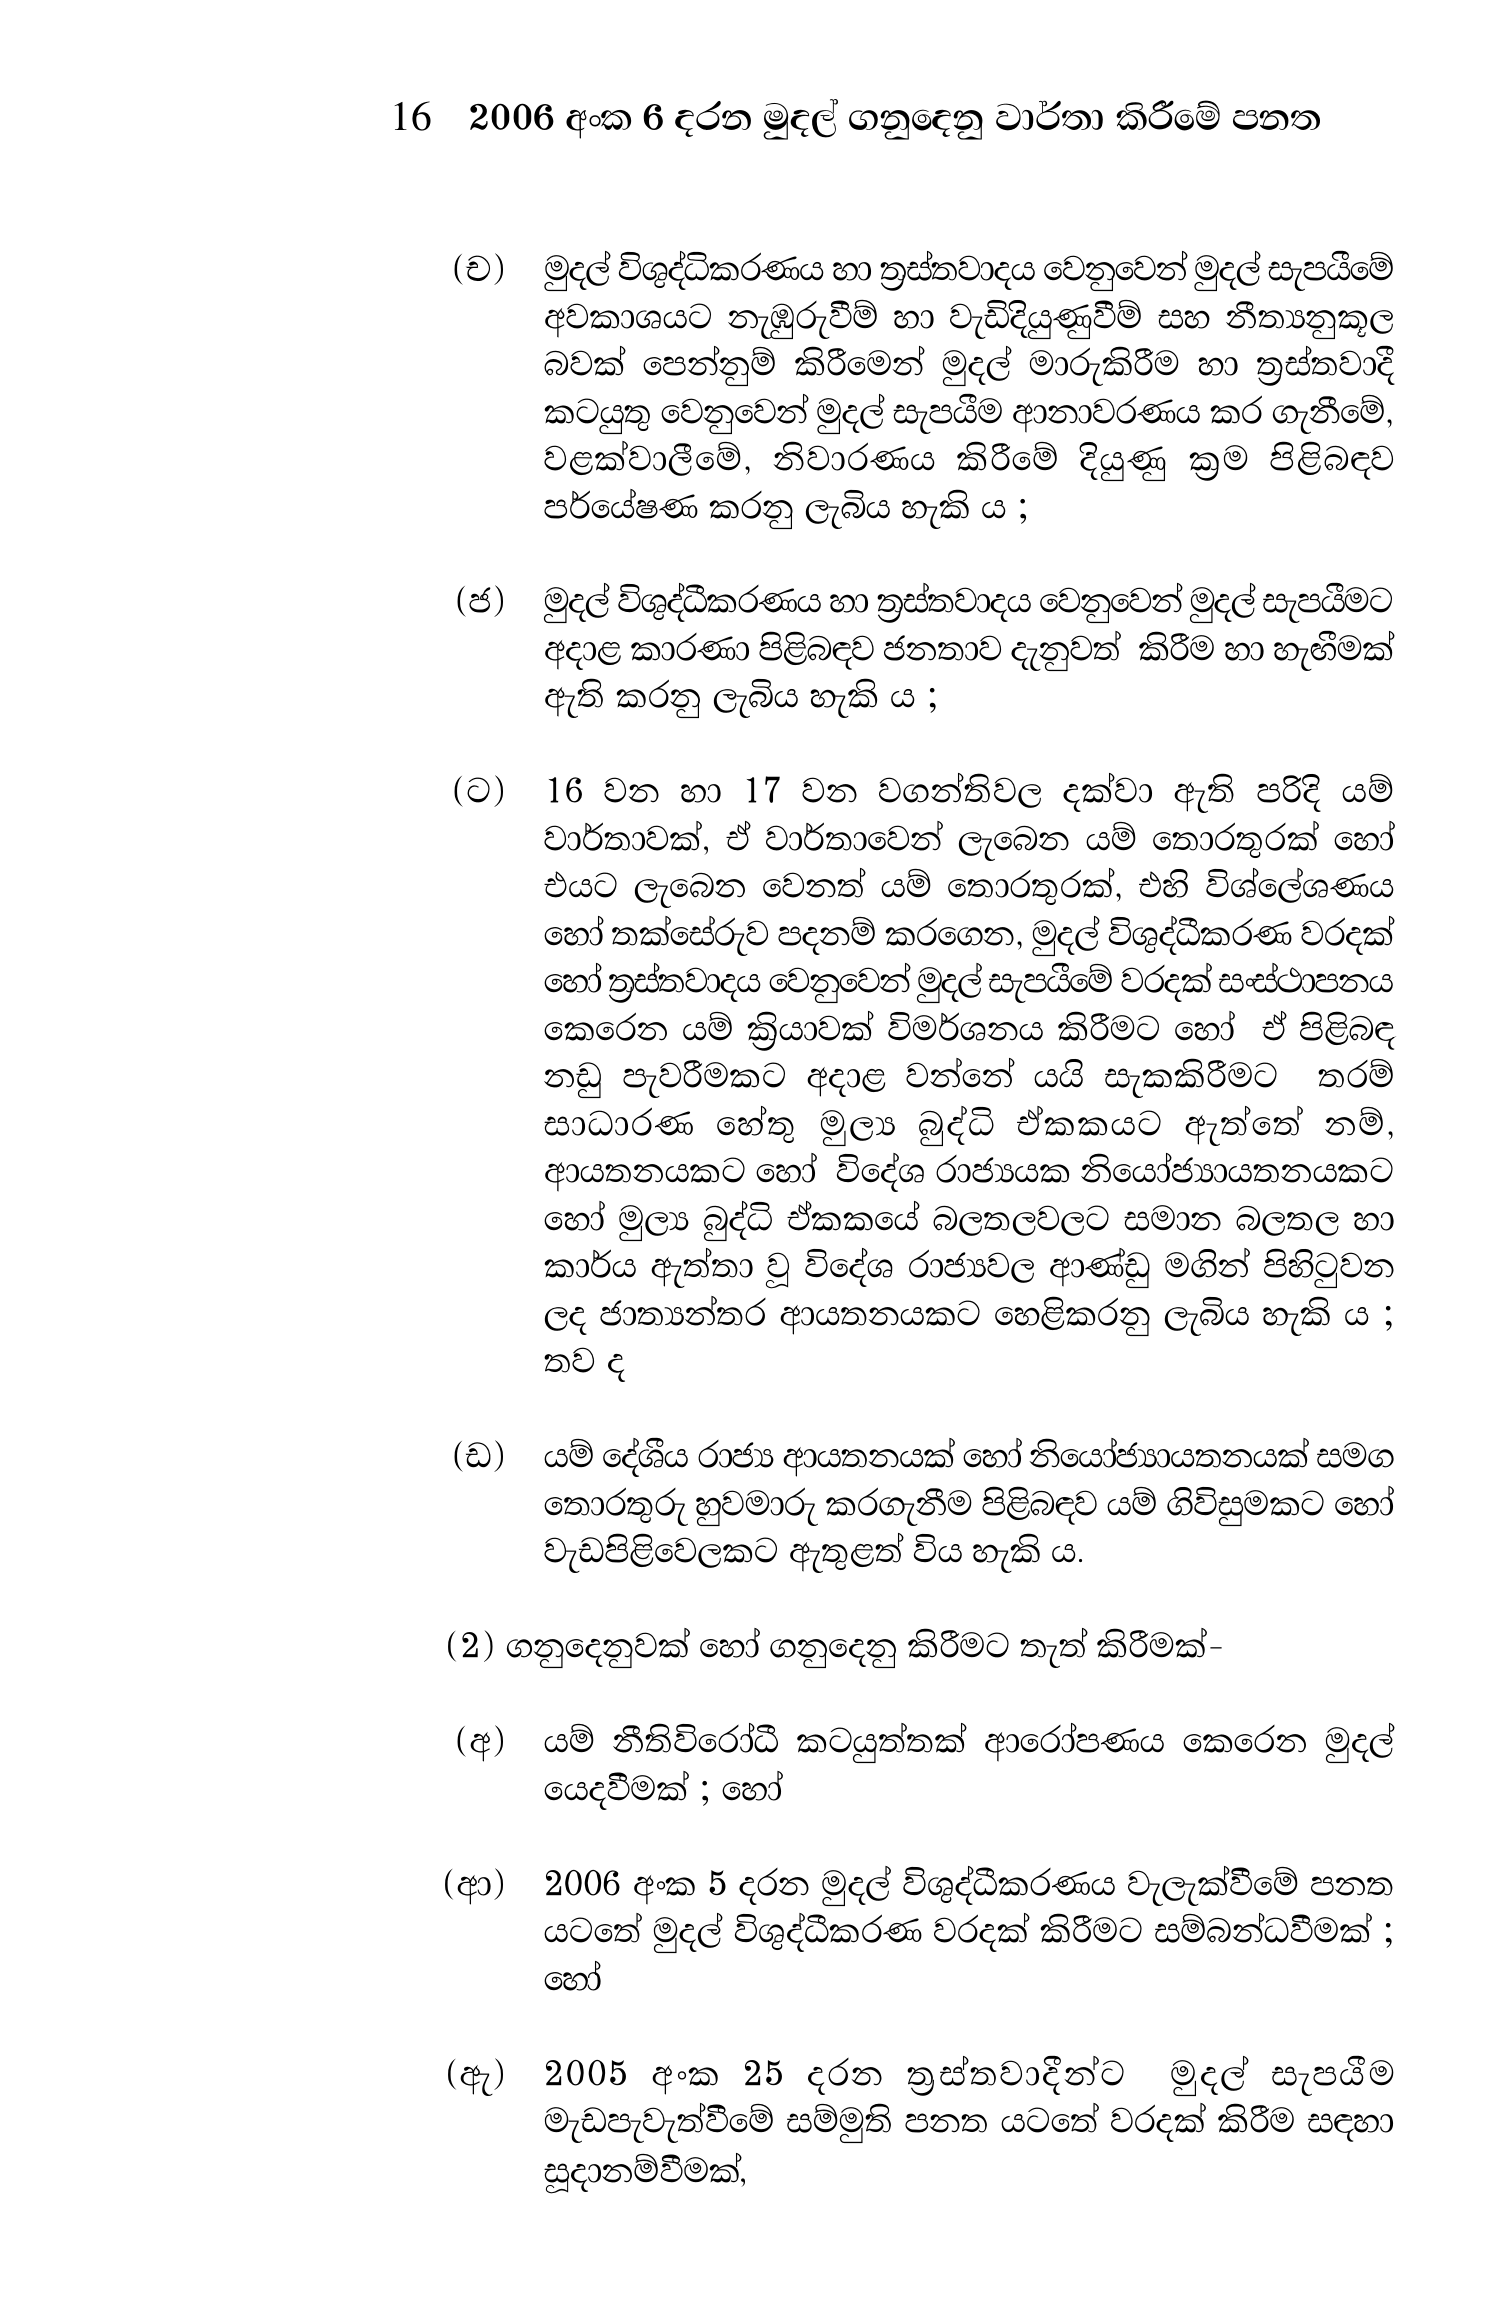
16 2006 අංක 6 දරන මුදල් ගනුදෙනු වාර්තා කිරීමේ පනත

(ච) මුදල් විශුද්ධිකරණය හා ත්‍රස්තවාදය වෙනුවෙන් මුදල් සැපයීමේ
අවකාශයට නැඹුරුවීම් හා වැඩිදියුණුවීම් සහ නීත්‍යනුකූල
බවක් පෙන්නුම් කිරීමෙන් මුදල් මාරුකිරීම හා ත්‍රස්තවාදී
කටයුතු වෙනුවෙන් මුදල් සැපයීම ආනාවරණය කර ගැනීමේ,
වළක්වාලීමේ, නිවාරණය කිරීමේ දියුණු ක්‍රම පිළිබඳව
පර්යේෂණ කරනු ලැබිය හැකි ය ;

(ජ) මුදල් විශුද්ධීකරණය හා ත්‍රස්තවාදය වෙනුවෙන් මුදල් සැපයීමට
අදාළ කාරණා පිළිබඳව ජනතාව දැනුවත් කිරීම හා හැඟීමක්
ඇති කරනු ලැබිය හැකි ය ;

(ට) 16 වන හා 17 වන වගන්තිවල දක්වා ඇති පරිදි යම්
වාර්තාවක්, ඒ වාර්තාවෙන් ලැබෙන යම් තොරතුරක් හෝ
එයට ලැබෙන වෙනත් යම් තොරතුරක්, එහි විශ්ලේශණය
හෝ තක්සේරුව පදනම් කරගෙන, මුදල් විශුද්ධීකරණ වරදක්
හෝ ත්‍රස්තවාදය වෙනුවෙන් මුදල් සැපයීමේ වරදක් සංස්ථාපනය
කෙරෙන යම් ක්‍රියාවක් විමර්ශනය කිරීමට හෝ ඒ පිළිබඳ
නඩු පැවරීමකට අදාළ වන්නේ යයි සැකකිරීමට තරම්
සාධාරණ හේතු මුල්‍ය බුද්ධි ඒකකයට ඇත්තේ නම්,
ආයතනයකට හෝ විදේශ රාජ්‍යයක නියෝජ්‍යායතනයකට
හෝ මුල්‍ය බුද්ධි ඒකකයේ බලතලවලට සමාන බලතල හා
කාර්ය ඇත්තා වූ විදේශ රාජ්‍යවල ආණ්ඩු මගින් පිහිටුවන
ලද ජාත්‍යන්තර ආයතනයකට හෙළිකරනු ලැබිය හැකි ය ;
තව ද

(ඩ) යම් දේශීය රාජ්‍ය ආයතනයක් හෝ නියෝජ්‍යායතනයක් සමග
තොරතුරු හුවමාරු කරගැනීම පිළිබඳව යම් ගිවිසුමකට හෝ
වැඩපිළිවෙලකට ඇතුළත් විය හැකි ය.

(2) ගනුදෙනුවක් හෝ ගනුදෙනු කිරීමට තැත් කිරීමක්-

(අ) යම් නීතිවිරෝධී කටයුත්තක් ආරෝපණය කෙරෙන මුදල්
යෙදවීමක් ; හෝ

(ආ) 2006 අංක 5 දරන මුදල් විශුද්ධීකරණය වැලැක්වීමේ පනත
යටතේ මුදල් විශුද්ධීකරණ වරදක් කිරීමට සම්බන්ධවීමක් ;
හෝ

(ඇ) 2005 අංක 25 දරන ත්‍රස්තවාදීන්ට මුදල් සැපයීම
මැඩපැවැත්වීමේ සම්මුති පනත යටතේ වරදක් කිරීම සඳහා
සූදානම්වීමක්,